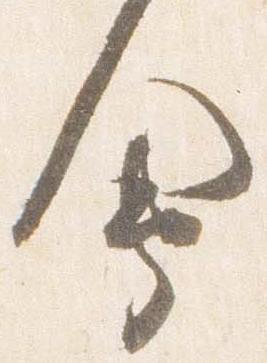
会